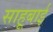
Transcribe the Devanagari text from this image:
साहूबाई